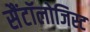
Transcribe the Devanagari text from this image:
सैंटॉलोजिस्ट